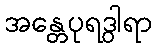
အန္တေပုရဒွါရာ